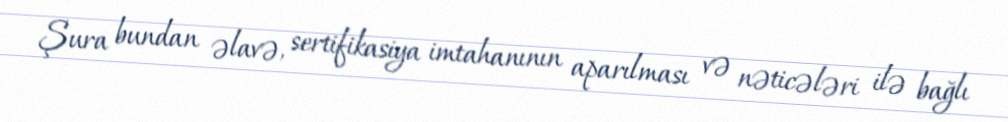
Şura bundan əlavə, sertifikasiya imtahanının aparılması və nəticələri ilə bağlı